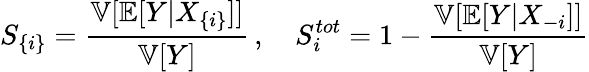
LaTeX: S_{\{ i\} }=\frac{\mathbb{V}[\mathbb{E}[Y|X_{\{ i\} }]]}{\mathbb{V}[Y]}\, ,\quad S_{i}^{tot}=1-\frac{\mathbb{V}[\mathbb{E}[Y|X_{-i}]]}{\mathbb{V}[Y]}